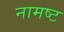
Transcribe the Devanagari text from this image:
नामष्ट